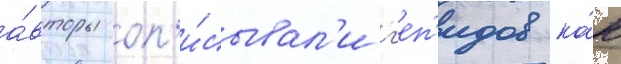
а́вторы оп'и́сывал'и г'еп'идов ка́к